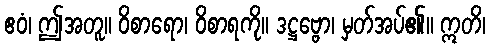
ဧဝံ၊ ဤအတူ။ ဝိစာရော၊ ဝိစာရကို။ ဒဋ္ဌဗ္ဗော၊ မှတ်အပ်၏။ ဣတိ၊